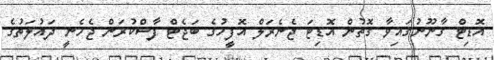
އޮޑިޓް ގާނޫނުގައިވާ ގޮތުން އޮޑިޓަ ޖެނެރަލް އޮފީހުގެ ބަޖެޓް ފާސްކުރަން ޖެހެނީ ދައުލަތުގެ